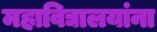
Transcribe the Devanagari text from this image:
महाविद्यालयांना